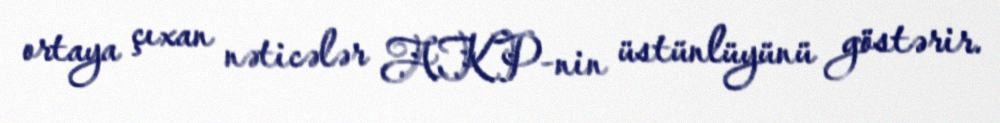
ortaya çıxan nəticələr AKP-nin üstünlüyünü göstərir.